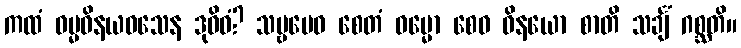
ကထံ ဓမ္မဝိနယဝသေန ဒုဝိဓံ? သဗ္ဗမေဝ စေတံ ဓမ္မော စေဝ ဝိနယော စာတိ သင်္ချံ ဂစ္ဆတိ။